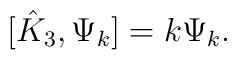
[\hat K_3, \Psi_k]=k\Psi_k.